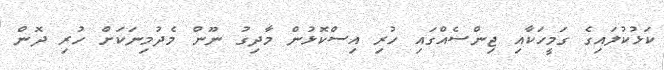
ކަޅުކުލައިގެ ގަމީހަކާއި ޖިންސެއްގައި ހުރި އިސްކޮޅުން މާދިގު ނޫން މެދުމިނަކަށް ހުރި ދޮން